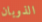
الذوبان